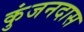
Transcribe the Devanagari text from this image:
कुंजनदास